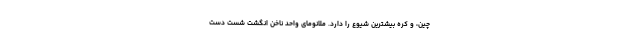
چین، و کره بیشترین شیوع را دارد. ملانومای واحد ناخن انگشت شست دست